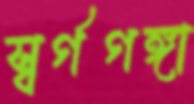
স্বর্গগঙ্গা